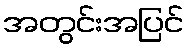
အတွင်းအပြင်